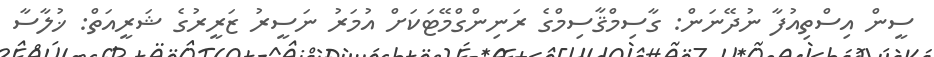
ސީން އިސްތިއުފާ ނުދޭނަން: ގާސިމްޤާސިމްގެ ރަނިންގްމޭޓަކަށް އުމަރު ނަސީރު ޒަރީރުގެ ޝަރީއަތް: ޚުލާސާ